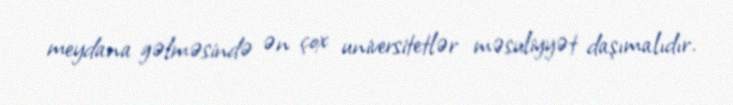
meydana gəlməsində ən çox universitetlər məsuliyyət daşımalıdır.